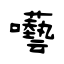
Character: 囈